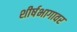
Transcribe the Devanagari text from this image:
शीर्षभागावर